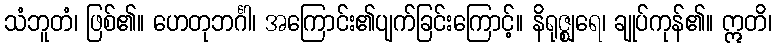
သံဘူတံ၊ ဖြစ်၏။ ဟေတုဘင်္ဂါ၊ အကြောင်း၏ပျက်ခြင်းကြောင့်။ နိရုဇ္ဈရေ၊ ချုပ်ကုန်၏။ ဣတိ၊